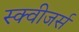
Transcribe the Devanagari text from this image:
स्क्वीजर्स